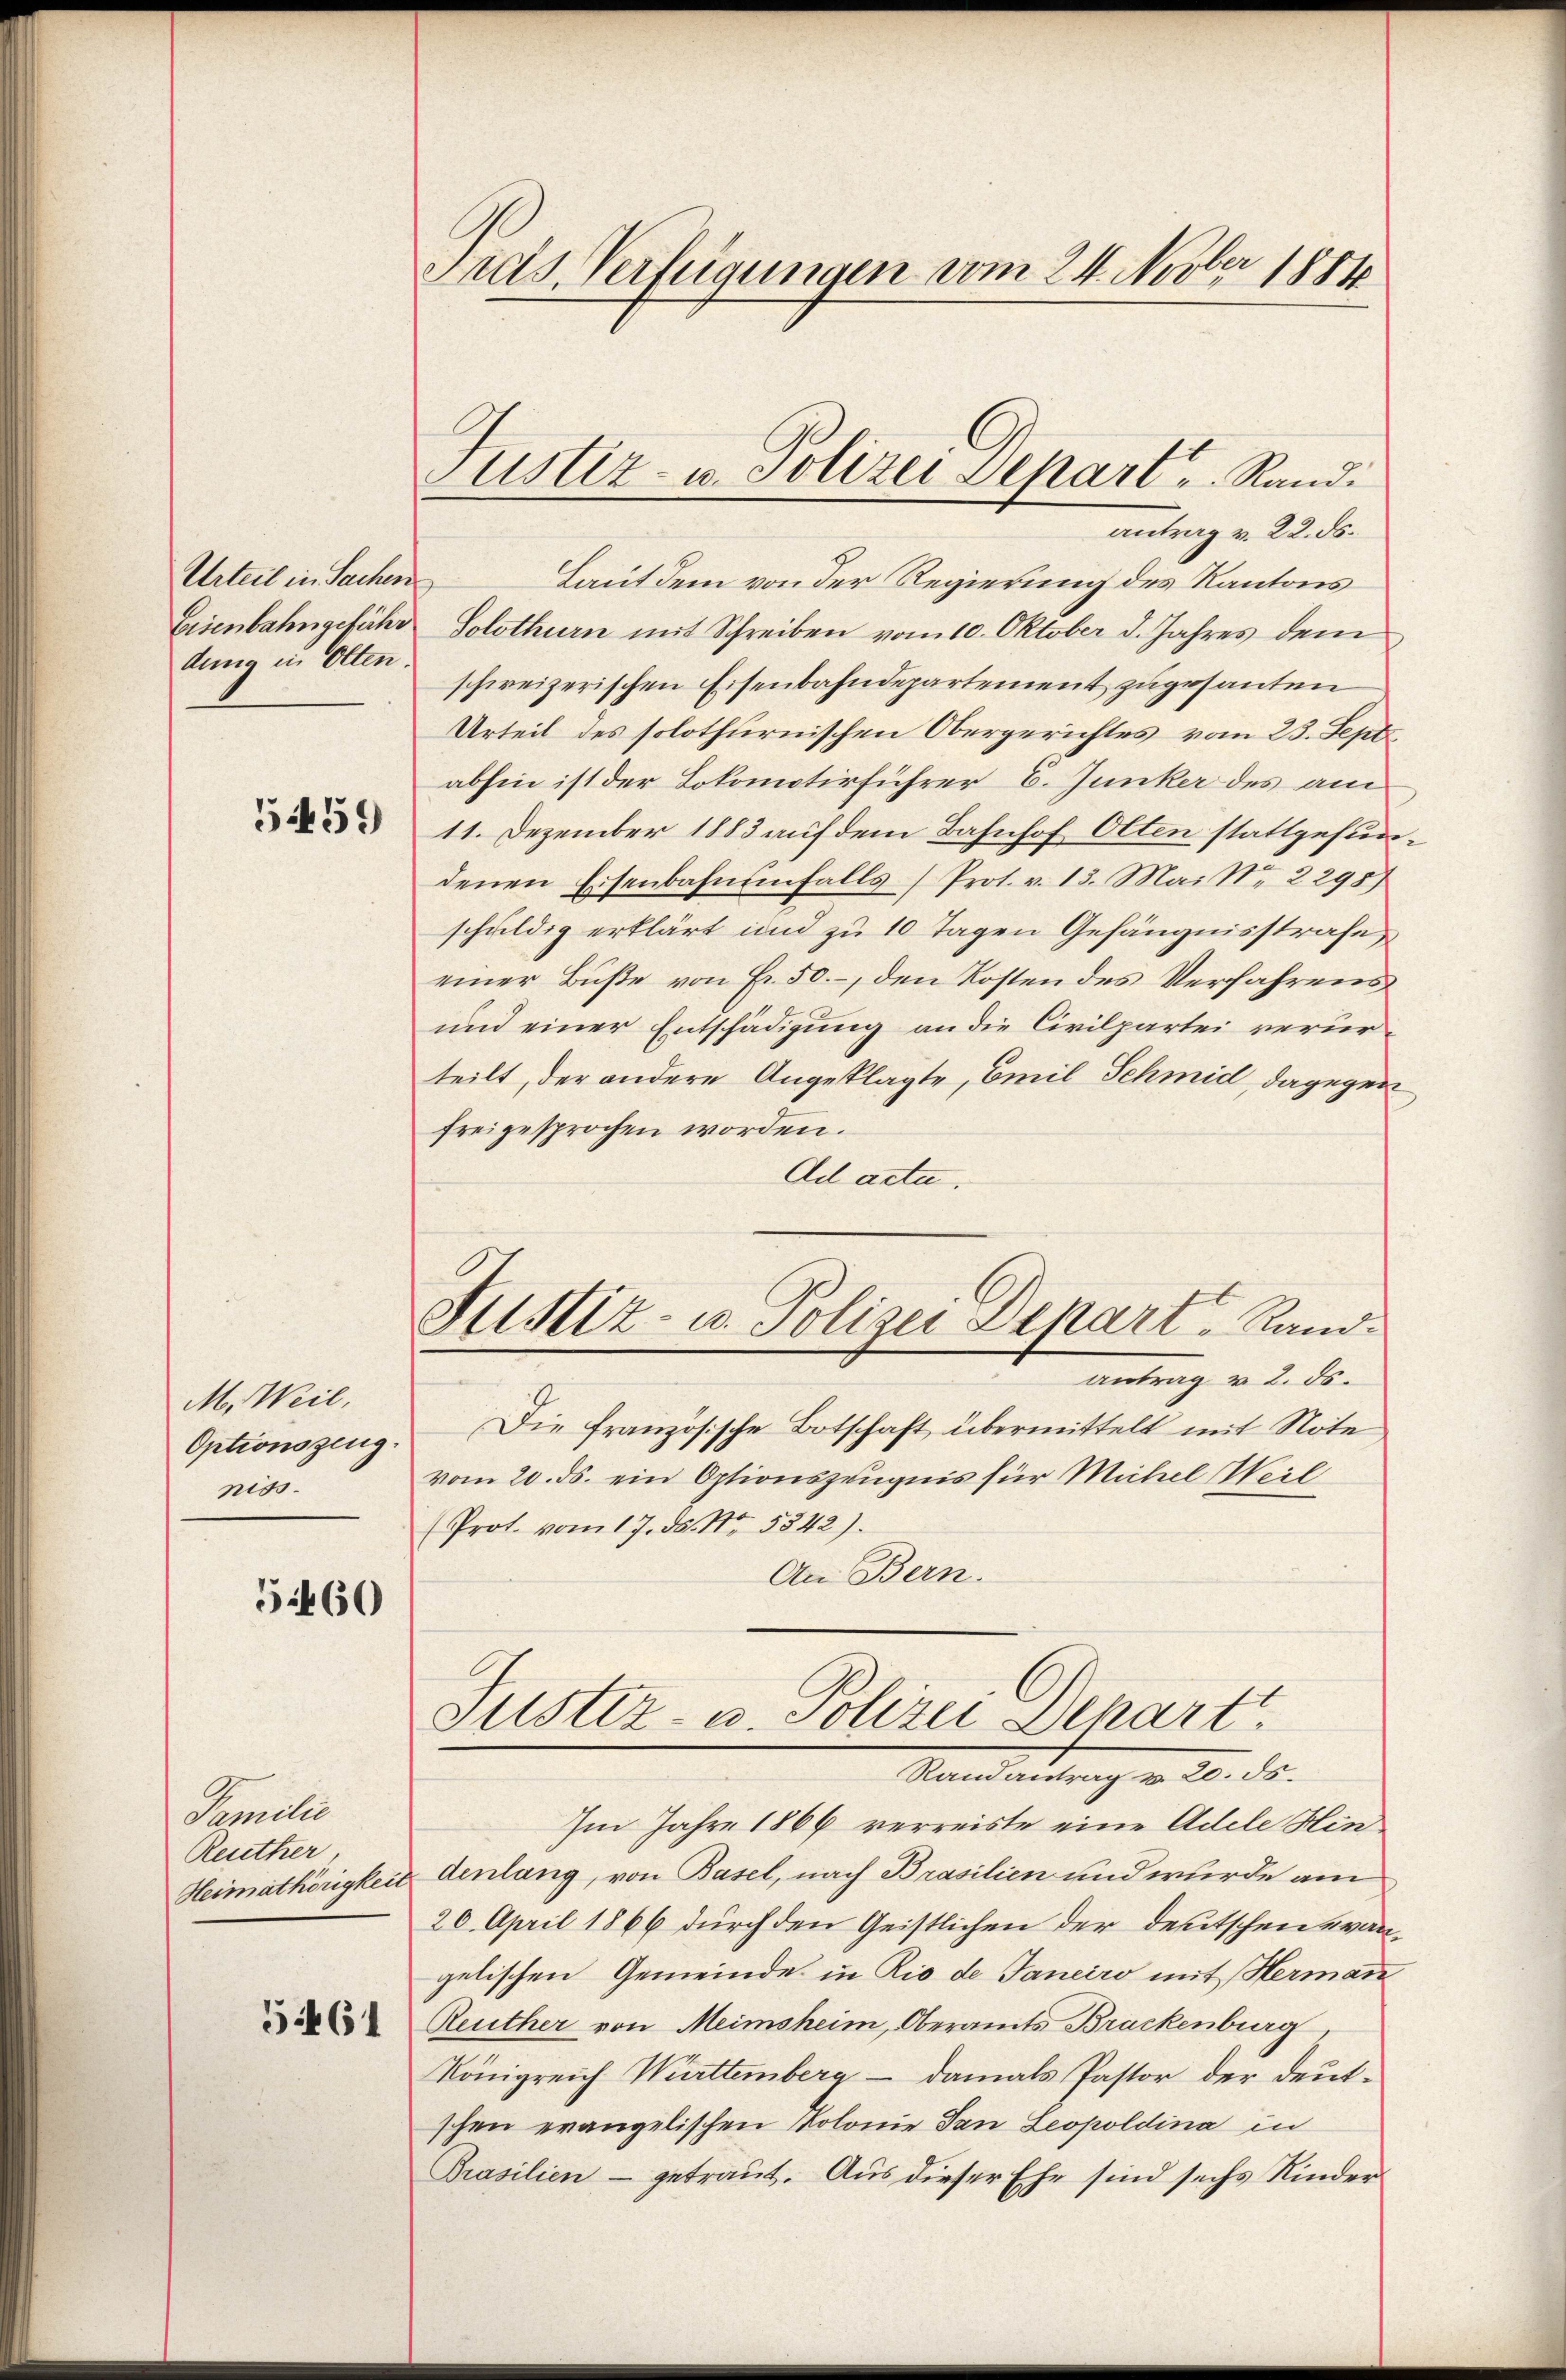
Urteil in Sachen
Eisenbahngeführ
dung in Olten.

5459

M. Weil,
Optionszeug.
niss.

560

Familie
Reuther
Heimathörigkeit

5461

Fras Verfügungen vom 24. Novber 1884

Justiz- u. Polizei Depart Rand:

Justiz- u. Polizei Depart Rand¬

antrag v. 22. ds.
Laut dem von der Regierung des Kantons
Solothurn mit Schreiben vom 10. Oktober d. Jahres dem
schweizerischen Eisenbahndepartement zugesanten
Urteil des solothurnischen Obergerichtes vom 23. Sept.
abhin ist der Lokomotivführer E. Junker des am
11. Dezember 1883 auf dem Bahnhof Olten stattgefundenen Eisenbahnenfalls (Prot. v. 13. Mai Nr. 2295)
schuldig erklärt und zu 10 Tagen Gefängnisstrafe
einer Buße von Fr. 50. –, den Kosten des Verfahrens
und einer Entschädigung an die Civilpartei verurteilt, der andere Angeklagte, Emil Schmid, dagegen
freigesprochen worden.
Ad acta.
antrag u. 2. ds.
Die französische Botschaft übermittelt mit Note
vom 20. ds. ein Optionszeugnis für Michel Weil
(Prot. vom 17. ds. Nr. 5842).
An Bern.
Justiz- u. Polizei Depart
Randantrag v. 20. 55.
Im Jahre 1866 verreiste eine Adele Hindenlang, von Basel, nach Brasilien und wurde am
20. April 1866 durch den Geistlichen der deutschen evangelischen Gemeinde in Rio de Janeiro mit Hermann
Reuther von Meimsheim, Oberamts Brackenburg
Königreich Württemberg – damals Pastor der deutschen evangelischen Kolonie dan Leopoldina in
Prasilien - getraut. Aus dieser Ehe sind sechs Kinder